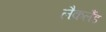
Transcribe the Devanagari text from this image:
लैकलैंड